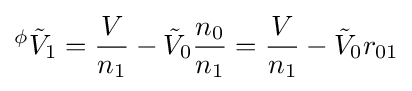
{}^{\phi }{\tilde {V}}_{1}={\frac {V}{n_{1}}}-{\tilde {V}}_{0}{\frac {n_{0}}{n_{1}}}={\frac {V}{n_{1}}}-{\tilde {V}}_{0}r_{01}